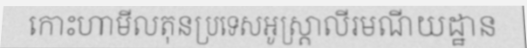
កោះហាមីលតុនប្រទេសអូស្ត្រាលីរមណីយដ្ឋាន